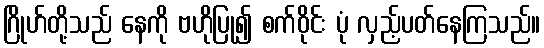
ဂြိုဟ်တို့သည် နေကို ဗဟိုပြု၍ စက်ဝိုင်း ပုံ လှည့်ပတ်နေကြသည်။